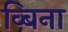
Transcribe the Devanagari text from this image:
व्बिना